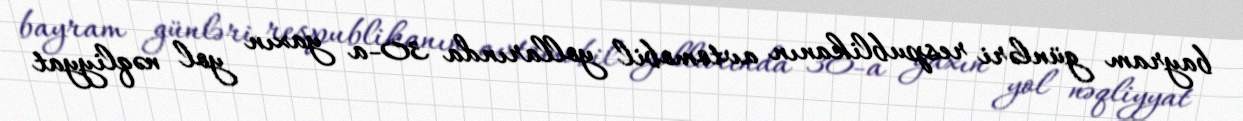
bayram günləri respublikanın avtomobil yollarında 30-a yaxın yol nəqliyyat